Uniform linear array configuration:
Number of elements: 64
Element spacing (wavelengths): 0.75
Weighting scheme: uniform
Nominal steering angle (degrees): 30
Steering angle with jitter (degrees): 28.489
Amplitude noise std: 0.05
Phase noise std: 0.05

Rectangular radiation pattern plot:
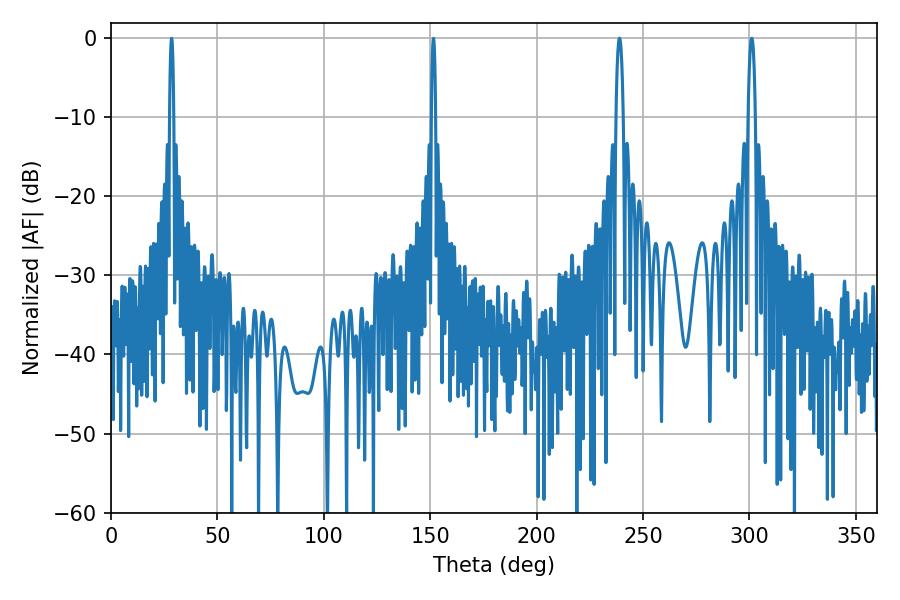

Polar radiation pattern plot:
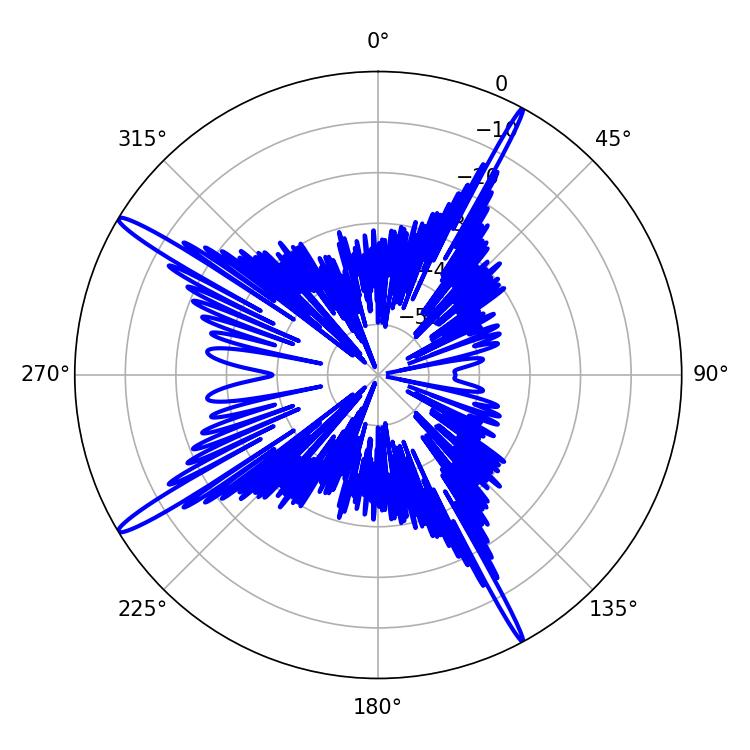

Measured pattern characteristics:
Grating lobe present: TRUE
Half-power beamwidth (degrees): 1.98
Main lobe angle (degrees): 301.14